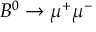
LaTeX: B ^ { 0 } \rightarrow \mu ^ { + } \mu ^ { - }